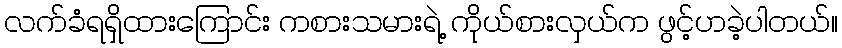
လက်ခံရရှိထားကြောင်း ကစားသမားရဲ့ ကိုယ်စားလှယ်က ဖွင့်ဟခဲ့ပါတယ်။